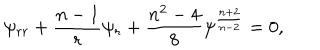
\psi _ { r r } + { \frac { n - 1 } { r } } \psi _ { r } + { \frac { n ^ { 2 } - 4 } { 8 } } \psi ^ { \frac { n + 2 } { n - 2 } } = 0 ,